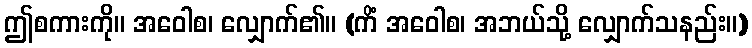
ဤစကားကို။ အဝေါစ၊ လျှောက်၏။ (ကိံ အဝေါစ၊ အဘယ်သို့ လျှောက်သနည်း။)